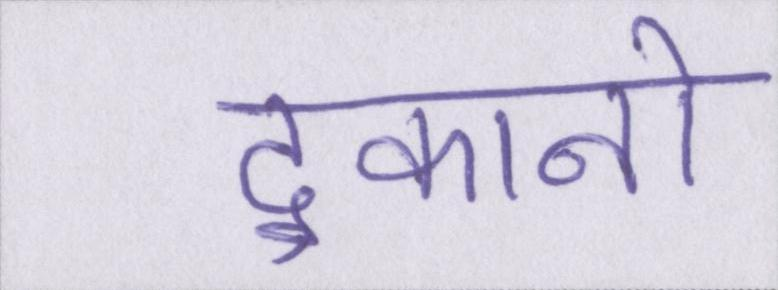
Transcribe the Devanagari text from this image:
दुकानो